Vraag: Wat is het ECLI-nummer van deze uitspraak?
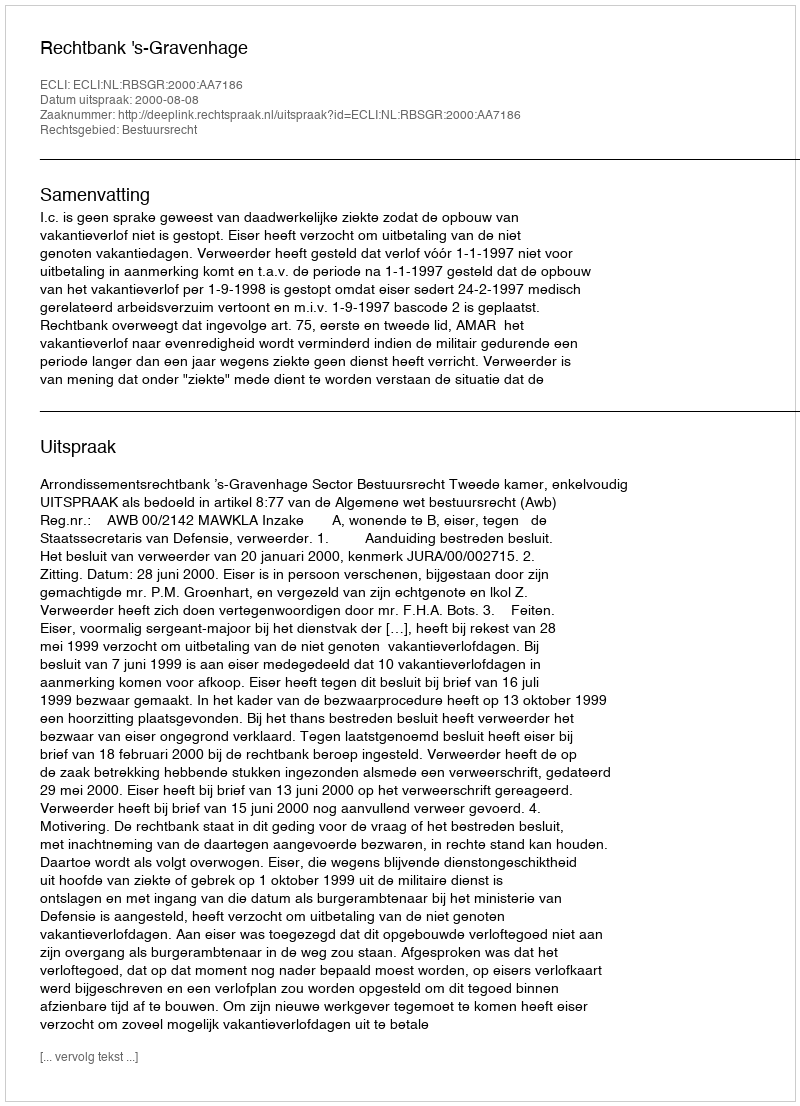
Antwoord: ECLI:NL:RBSGR:2000:AA7186